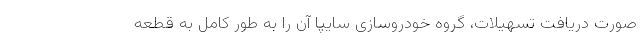
صورت دریافت تسهیلات، گروه خودروسازی سایپا آن را به طور کامل به قطعه